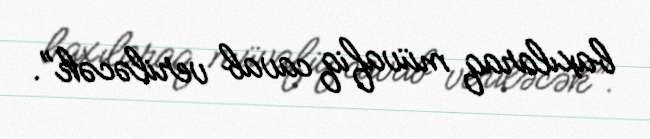
baxılaraq müvafiq cavab veriləcək”.